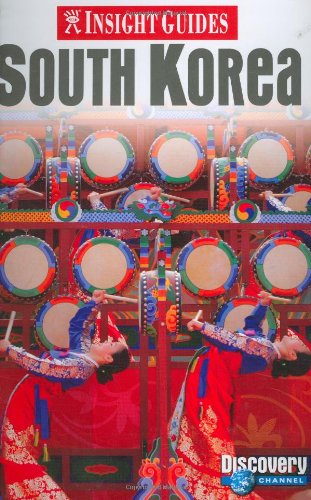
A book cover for South Korea (Insight Guides); Insight Guides; Travel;